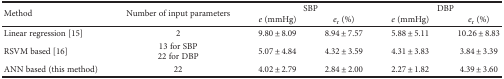
| <ROWSPAN=2> Method | <ROWSPAN=2> Number of input parameters | <COLSPAN=2> SBP | <COLSPAN=2> DBP |
 | e (mmHg) | er (%) | e (mmHg) | er (%) |
 | --- | --- | --- | --- | --- | --- |
 | Linear regression [15] | 2 | 9.80 ± 8.09 | 8.94 ± 7.57 | 5.88 ± 5.11 | 10.26 ± 8.83 |
 | RSVM based [16] | 13 for SBP22 for DBP | 5.07 ± 4.84 | 4.32 ± 3.59 | 4.31 ± 3.83 | 3.84 ± 3.39 |
 | ANN based (this method) | 22 | 4.02 ± 2.79 | 2.84 ± 2.00 | 2.27 ± 1.82 | 4.39 ± 3.60 |